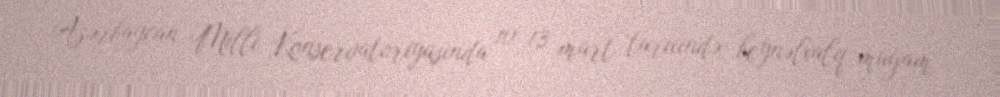
Azərbaycan Milli Konservatoriyasında 10-13 mart tarixində beynəlxalq muğam